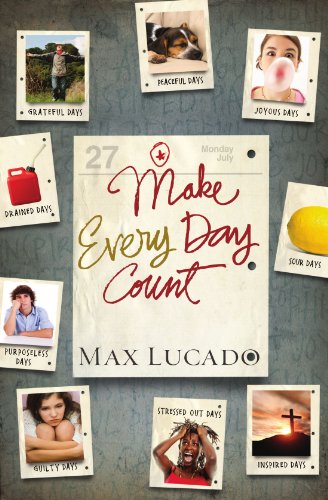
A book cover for Make Every Day Count - Teen Edition; Max Lucado; Christian Books & Bibles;